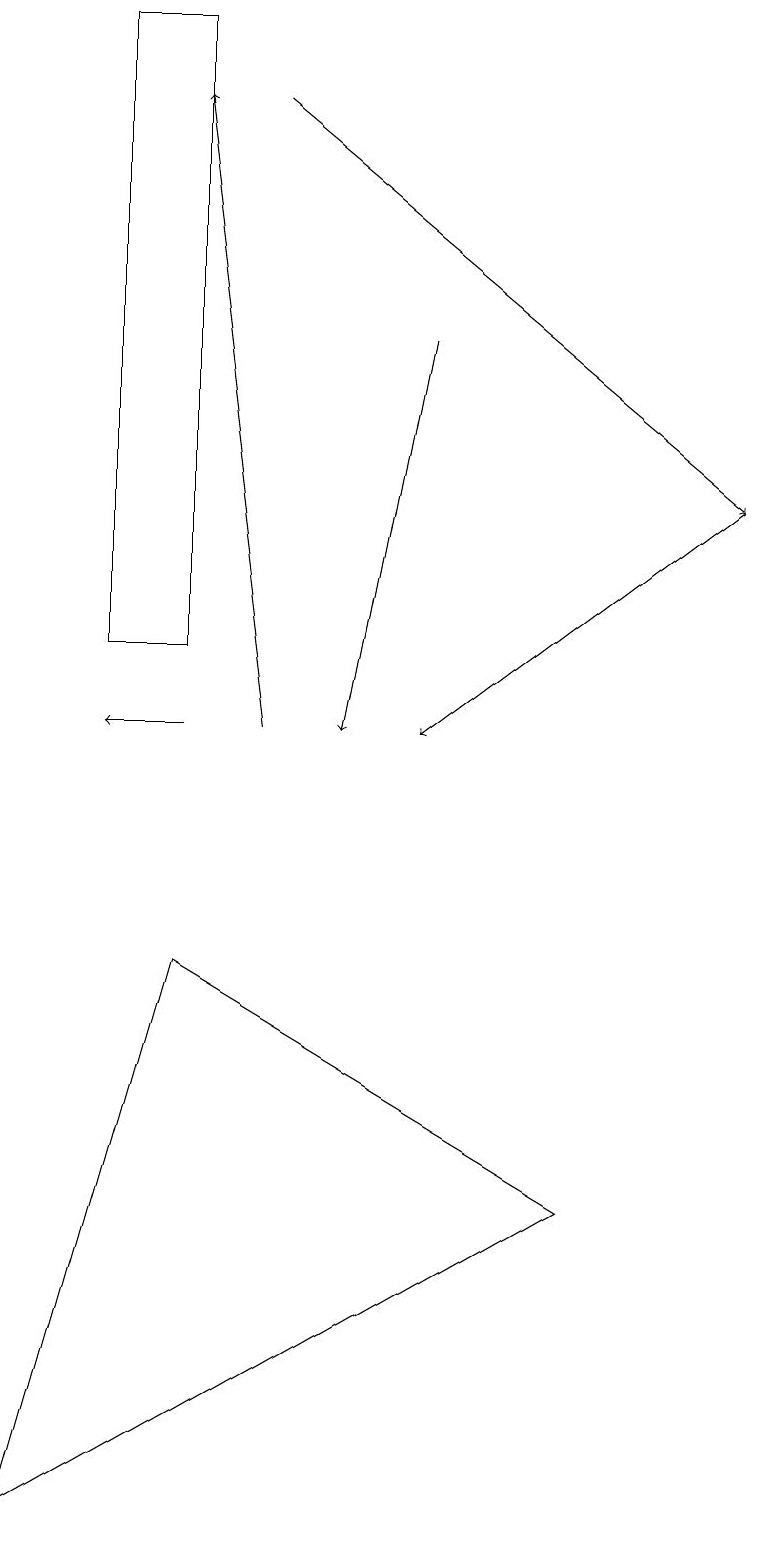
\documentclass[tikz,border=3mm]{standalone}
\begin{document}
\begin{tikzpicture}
\draw[->] (5,15) -- (4,10);
\draw[->] (3,18) -- (9,13);
\draw[->] (2,10) -- (1,10);
\draw (0,0) -- (2,7) -- (7,4) -- cycle;
\draw[->] (9,13) -- (5,10);
\draw (2,19) rectangle (1,11);
\draw[->] (3,10) -- (2,18);
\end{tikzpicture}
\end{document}